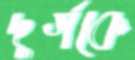
দুর্গকে